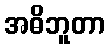
အဓိဘူတာ